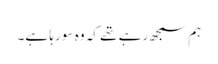
ہم سمجھ رہے تھے کہ وہ سو رہا ہے۔